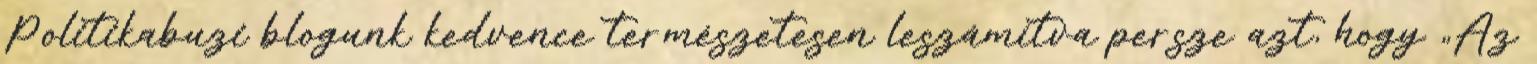
Politikabuzi blogunk kedvence természetesen leszámítva persze azt, hogy „Az